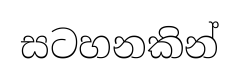
සටහනකින්